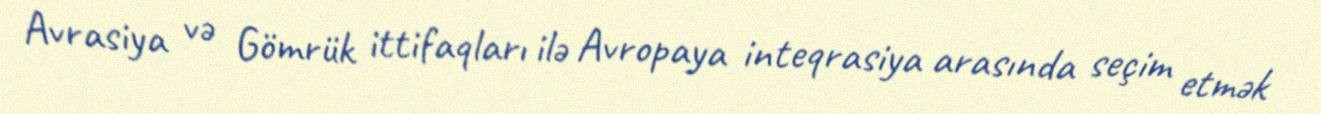
Avrasiya və Gömrük ittifaqları ilə Avropaya inteqrasiya arasında seçim etmək